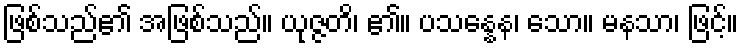
ဖြစ်သည်၏ အဖြစ်သည်။ ယုဇ္ဇတိ၊ ၏။ ပသန္နေန၊ သော။ မနသာ၊ ဖြင့်။